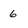
Character: 6